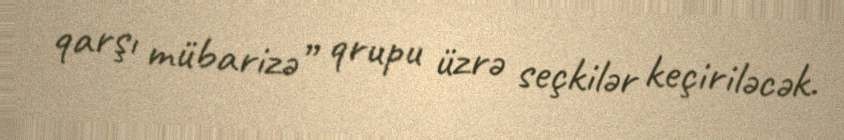
qarşı mübarizə” qrupu üzrə seçkilər keçiriləcək.